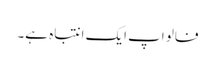
فالو اپ ایک انتباہ ہے۔